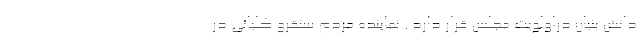
دانش بنیان دراولویت مجلس قرار دارد . نماینده مردم سنقرو کلیائی در